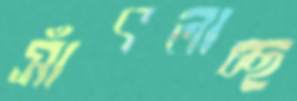
সাঁৎলাচ্ছ